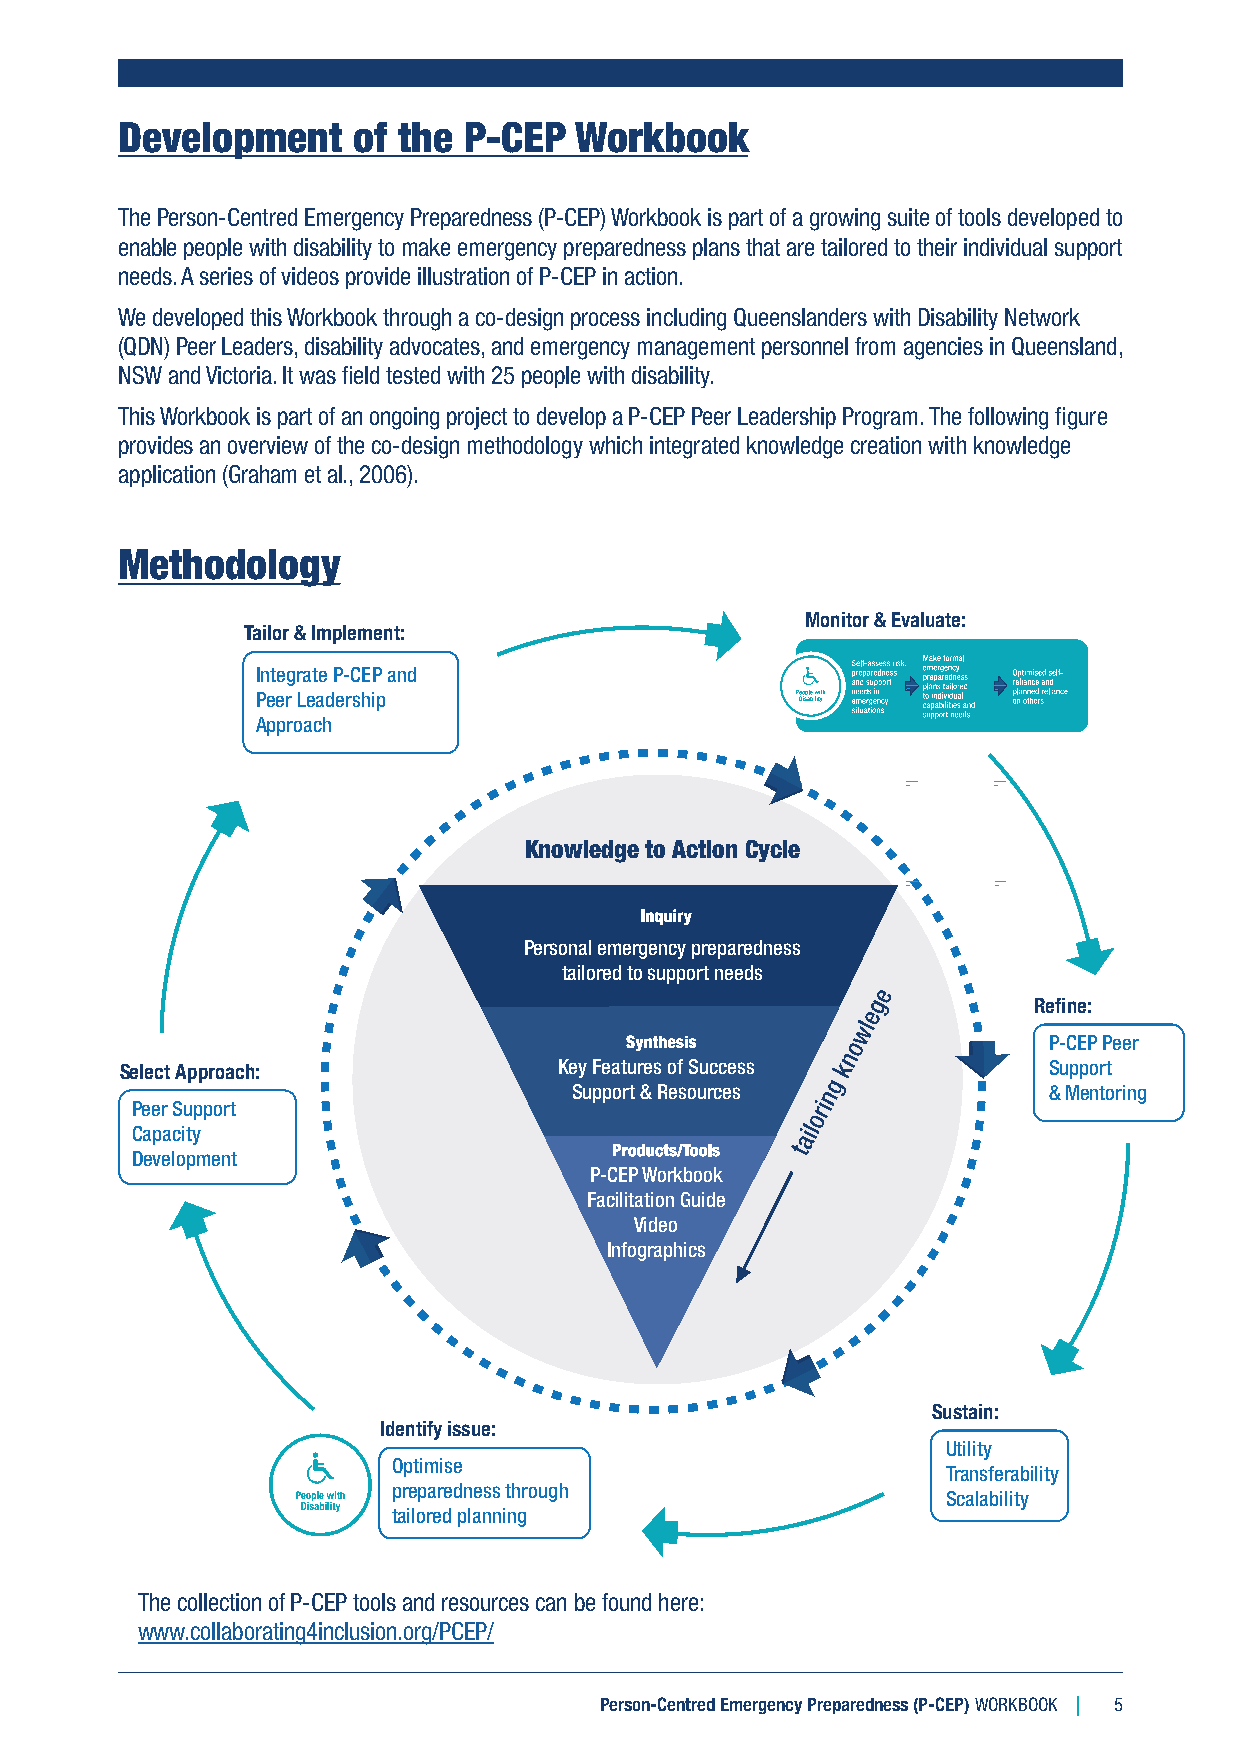
Development    of the  P-CEP  Workbook
 The Person-Centred Emergency Preparedness (P-CEP) Workbook is part of a growing suite of tools developed to
 enable people with disability to make emergency preparedness plans that are tailored to their individual support
 needs. A series of videos provide illustration of P-CEP in action.
 We developed this Workbook through a co-design process including Queenslanders with Disability Network
 (QDN) Peer Leaders, disability advocates, and emergency management personnel from agencies in Queensland,
 NSW and Victoria. It was field tested with 25 people with disability.
 This Workbook is part of an ongoing project to develop a P-CEP Peer Leadership Program. The following figure
 provides an overview of the co-design methodology which integrated knowledge creation with knowledge
 application (Graham et al., 2006).
 Methodology
 Monitor & Evaluate:
 Tailor & Implement:
 Integrate P-CEP and
 Peer Leadership
 Approach
 Knowledge to Action Cycle
 Personal emergency preparedness
 tailored to support needs
 Refine:
 P-CEP Peer
 Select Approach:             Key Features of Success         Support
 Support & Resources            & Mentoring
 Peer Support
 Capacity
 Development
 P-CEP Workbook
 Facilitation Guide
 Video
 Infographics
 Sustain:
 Identify issue:
 Utility
 Optimise
 Transferability
 preparedness through
 Scalability
 tailored planning
 The collection of P-CEP tools and resources can be found here:
 www.collaborating4inclusion.org/PCEP/
 Person-Centred Emergency Preparedness (P-CEP) WORKBOOK 5